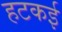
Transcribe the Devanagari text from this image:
हटकई